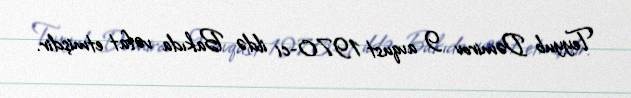
Teyyub Dəmirov 9 avqust 1970-ci ildə Bakıda vəfat etmişdir.